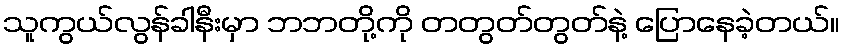
သူကွယ်လွန်ခါနီးမှာ ဘဘတို့ကို တတွတ်တွတ်နဲ့ ပြောနေခဲ့တယ်။